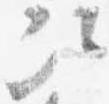
次